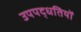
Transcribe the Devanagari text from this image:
उपपद्धतियों